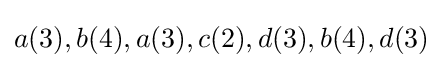
a(3),b(4),a(3),c(2),d(3),b(4),d(3)